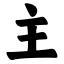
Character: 主